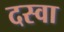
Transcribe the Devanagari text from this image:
दस्वा